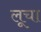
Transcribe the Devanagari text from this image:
लूचा